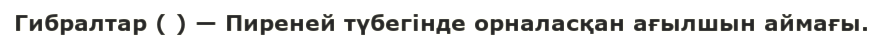
Гибралтар ( ) — Пиреней түбегінде орналасқан ағылшын аймағы.